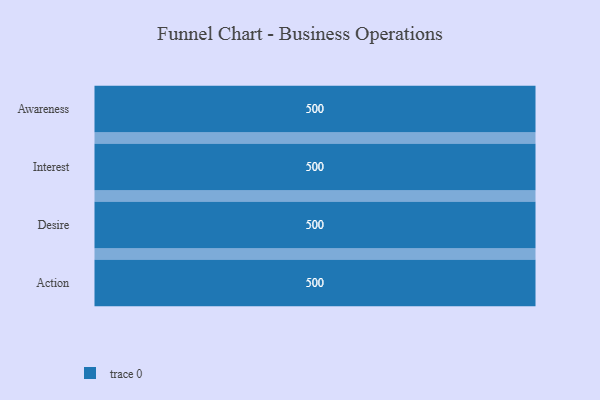
{"axis": {"x": "Stage", "y": "Value"}, "legend": [""], "data": [{"x": "Awareness", "y": 500, "type": ""}, {"x": "Interest", "y": 500, "type": ""}, {"x": "Desire", "y": 500, "type": ""}, {"x": "Action", "y": 500, "type": ""}]}